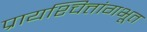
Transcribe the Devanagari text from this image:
प्रायश्चित्तांगभूत